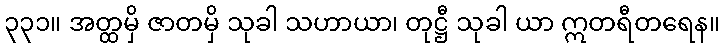
၃၃၁။ အတ္ထမှိ ဇာတမှိ သုခါ သဟာယာ၊ တုဋ္ဌီ သုခါ ယာ ဣတရီတရေန။